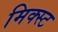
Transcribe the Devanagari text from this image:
मिक्स्ट